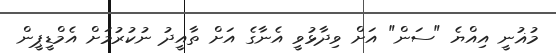
މުޣުނީ އިއްޔެ "ސަން" އަށް ވިދާޅުވީ އެނާގެ އަށް ތާއީދު ނުކުރުމަށް އެމްޑީޕީން